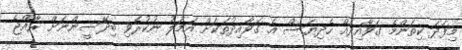
މިފަދަ ކިތަންމެ ގަވާއިދެއް ހެދިޔަސް އެ ގަވާއިދުތަކަށް އަމަލު ނުކުރެވި ބިދޭސީންނަށް ރާއްޖެ